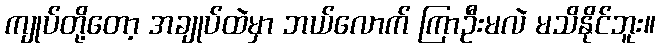
ကျုပ်တို့တော့ အချုပ်ထဲမှာ ဘယ်လောက် ကြာဦးမလဲ မသိနိုင်ဘူး။